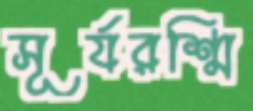
সূর্যরশ্মি